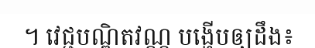
។ វេជ្ជបណ្ឌិតវណ្ណ បង្ហើបឲ្យដឹង៖